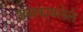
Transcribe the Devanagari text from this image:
झळकावलेले